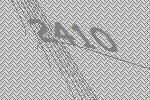
2410